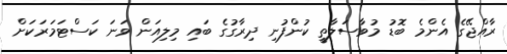
ރާއްޖޭގެ އެންމެ ބޮޑު މުވާސަލާތީ ކުންފުނި ދިރާގުގެ ބައި މިލިއަން ވަނަ ކަސްޓަމަރަކަށް